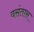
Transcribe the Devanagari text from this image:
वसंतास